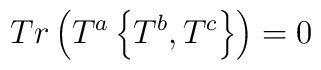
Tr\left( T^a\left\{T^b, T^c\right\}\right) =0